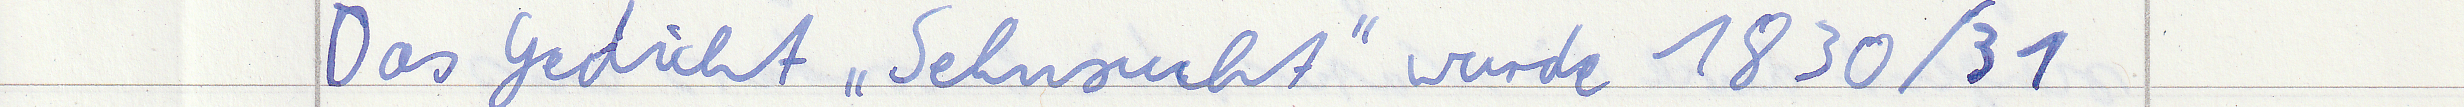
Das Gedicht "Sehnsucht" wurde 1830/31